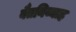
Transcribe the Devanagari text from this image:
बैतनिय्याह